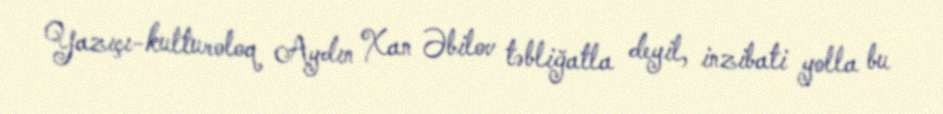
Yazıçı-kulturoloq Aydın Xan Əbilov təbliğatla deyil, inzibati yolla bu